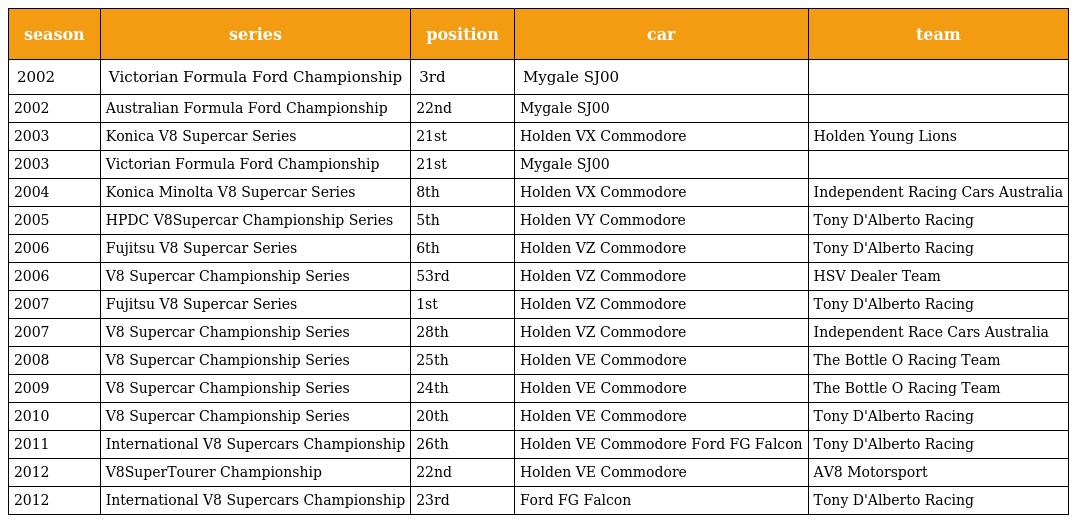
| season | series | position | car | team |
 | --- | --- | --- | --- | --- |
 | 2002 | Victorian Formula Ford Championship | 3rd | Mygale SJ00 |  |
 | 2002 | Australian Formula Ford Championship | 22nd | Mygale SJ00 |  |
 | 2003 | Konica V8 Supercar Series | 21st | Holden VX Commodore | Holden Young Lions |
 | 2003 | Victorian Formula Ford Championship | 21st | Mygale SJ00 |  |
 | 2004 | Konica Minolta V8 Supercar Series | 8th | Holden VX Commodore | Independent Racing Cars Australia |
 | 2005 | HPDC V8Supercar Championship Series | 5th | Holden VY Commodore | Tony D'Alberto Racing |
 | 2006 | Fujitsu V8 Supercar Series | 6th | Holden VZ Commodore | Tony D'Alberto Racing |
 | 2006 | V8 Supercar Championship Series | 53rd | Holden VZ Commodore | HSV Dealer Team |
 | 2007 | Fujitsu V8 Supercar Series | 1st | Holden VZ Commodore | Tony D'Alberto Racing |
 | 2007 | V8 Supercar Championship Series | 28th | Holden VZ Commodore | Independent Race Cars Australia |
 | 2008 | V8 Supercar Championship Series | 25th | Holden VE Commodore | The Bottle O Racing Team |
 | 2009 | V8 Supercar Championship Series | 24th | Holden VE Commodore | The Bottle O Racing Team |
 | 2010 | V8 Supercar Championship Series | 20th | Holden VE Commodore | Tony D'Alberto Racing |
 | 2011 | International V8 Supercars Championship | 26th | Holden VE Commodore Ford FG Falcon | Tony D'Alberto Racing |
 | 2012 | V8SuperTourer Championship | 22nd | Holden VE Commodore | AV8 Motorsport |
 | 2012 | International V8 Supercars Championship | 23rd | Ford FG Falcon | Tony D'Alberto Racing |